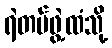
ရဲတပ်ဖွဲ့ထံသို့